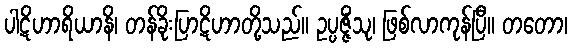
ပါဋိဟာရိယာနိ၊ တန်ခိုးပြာဋိဟာတို့သည်။ ဥပ္ပဇ္ဇိံသု၊ ဖြစ်လာကုန်ပြီ။ တတော၊